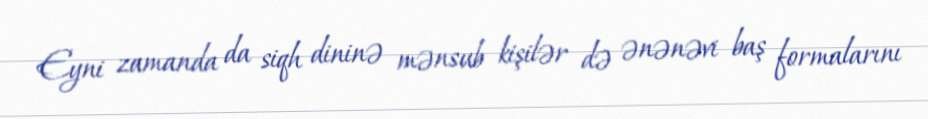
Eyni zamanda da siqh dininə mənsub kişilər də ənənəvi baş formalarını